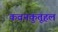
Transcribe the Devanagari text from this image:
कवनकुतूहल